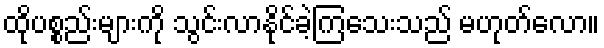
ထိုပစ္စည်းများကို သွင်းလာနိုင်ခဲ့ကြသေးသည် မဟုတ်လော။